Report of the Bombay Plague Committee
Disease focus: Plague
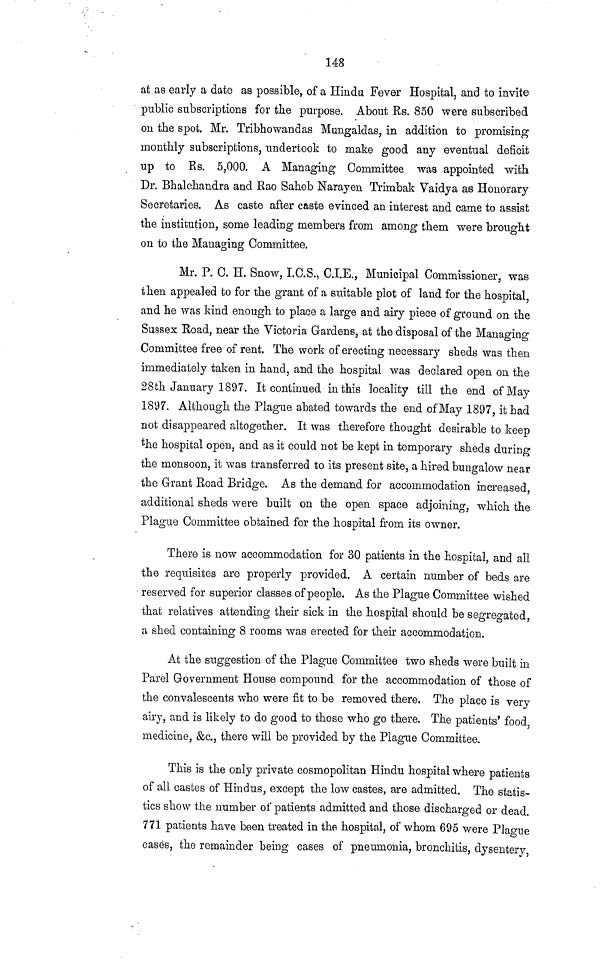
148
at as early a date as possible, of a Hindu Fever Hospital, and to invite
public subscriptions for the purpose. About Rs. 850 were subscribed
on the spot. Mr. Tribhowandas Mungaldas, in addition to promising
monthly subscriptions, undertook to make good any eventual deficit
up to Rs. 5,000. A Managing Committee was appointed with
Dr. Bhalchandra and Rao Saheb Narayen Trimbak Vaidya as Honorary
Secretaries. As caste after caste evinced an interest and came to assist
the institution, some leading members from among them were brought
on to the Managing Committee.
Mr. P. C. H. Snow, I.C.S., C.I.E., Municipal Commissioner, was
then appealed to for the grant of a suitable plot of land for the hospital,
and he was kind enough to place a large and airy piece of ground on the
Sussex Road, near the Victoria Gardens, at the disposal of the Managing
Committee free of rent. The work of erecting necessary sheds was then
immediately taken in hand, and the hospital was declared open on the
28th January 1897. It continued in this locality till the end of May
1897. Although the Plague abated towards the end of May 1897, it had
not disappeared altogether. It was therefore thought desirable to keep
the hospital open, and as it could not be kept in temporary sheds during
the monsoon, it was transferred to its present site, a hired bungalow near
the Grant Road Bridge. As the demand for accommodation increased,
additional sheds were built on the open space adjoining, which the
Plague Committee obtained for the hospital from its owner.
There is now accommodation for 30 patients in the hospital, and all
the requisites are properly provided. A certain number of beds are
reserved for superior classes of people. As the Plague Committee wished
that relatives attending their sick in the hospital should be segregated,
a shed containing 8 rooms was erected for their accommodation.
At the suggestion of the Plague Committee two sheds were built in
Parel Government House compound for the accommodation of those of
the convalescents who were fit to be removed there. The placo is very
airy, and is likely to do good to those who go there. The patients' food,
medicine, &c., there will be provided by the Plague Committee.
This is the only private cosmopolitan Hindu hospital where patients
of all castes of Hindus, except the low castes, are admitted. The statis-
tics show the number of patients admitted and those discharged or dead.
771 patients have been treated in the hospital, of whom 695 were Plague
cases, the remainder being cases of pneumonia, bronchitis, dysentery,